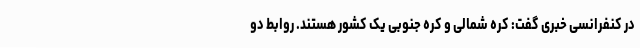
در کنفرانسی خبری گفت: کره شمالی و کره جنوبی یک کشور هستند. روابط دو